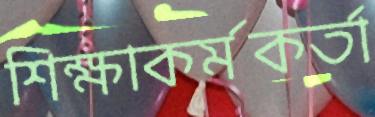
শিক্ষাকর্মকর্তা